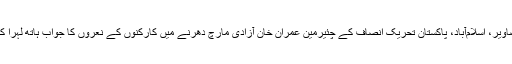
اسلام آباد کی تصاویر، اسلام‌آباد، پاکستان تحریک انصاف کے چئیرمین عمران خان آزادی مارچ دھرنے میں کارکنوں کے نعروں کا جواب ہاتھ لہرا کر دے رہے ہیں۔